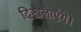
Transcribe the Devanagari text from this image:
दिखलाएँगे।